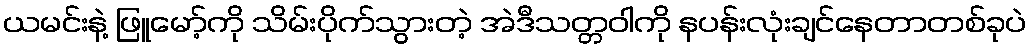
ယမင်းနဲ့ ဖြူမော့်ကို သိမ်းပိုက်သွားတဲ့ အဲဒီသတ္တဝါကို နပန်းလုံးချင်နေတာတစ်ခုပဲ